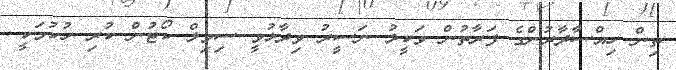
ތިން ހިއްސާދާރުންގެ ފަރާތުން ވަކީލު ނަސީރު ވިދާޅުވީ ސިވިލް ކޯޓުން ކުރި ހުކުމަކީ